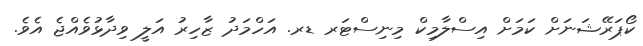
ކޯޕަރޭޝަނަށް ކަމަށް އިސްލާމިކް މިނިސްޓަރ ޑރ. އަހްމަދު ޒާހިރު އަލީ ވިދާޅުވެއްޖެ އެވެ.